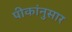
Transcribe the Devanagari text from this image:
पीकांनुसार